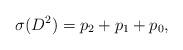
LaTeX: \begin{align*}\sigma(D^2) = p_2 + p_1 +p_0, \end{align*}